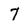
Character: 7